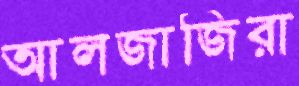
আলজাজিরা